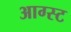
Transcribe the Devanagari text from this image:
आग्‍स्‍ट